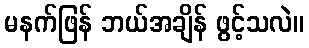
မနက်ဖြန် ဘယ်အချိန် ဖွင့်သလဲ။